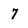
Character: 7